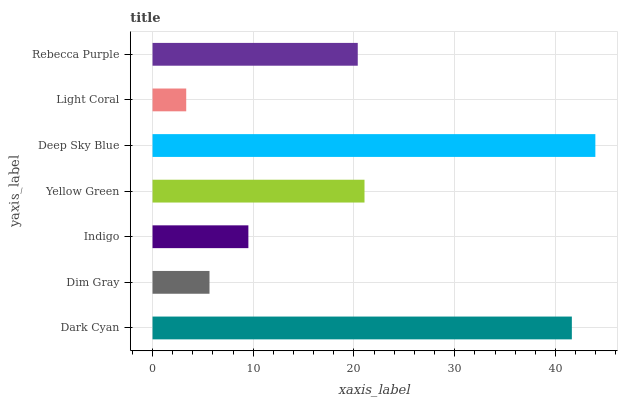
| yaxis_label | bars |
 | --- | --- |
 | Dark Cyan | 41.6 |
 | Dim Gray | 5.65 |
 | Indigo | 9.51 |
 | Yellow Green | 21 |
 | Deep Sky Blue | 44 |
 | Light Coral | 3.34 |
 | Rebecca Purple | 20.4 |